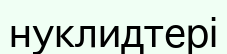
нуклидтері